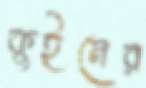
কুইনের